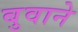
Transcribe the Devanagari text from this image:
बुवाने